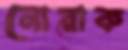
নোরাক